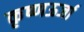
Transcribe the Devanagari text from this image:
कृष्णऊर्जा